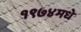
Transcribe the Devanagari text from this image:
१९७४मधे